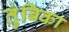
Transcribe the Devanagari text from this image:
तुंबिका